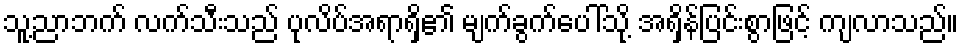
သူ့ညာဘက် လက်သီးသည် ပုလိပ်အရာရှိ၏ မျက်ခွက်ပေါ်သို့ အရှိန်ပြင်းစွာဖြင့် ကျလာသည်။